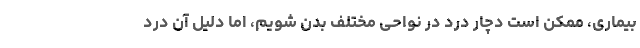
بیماری، ممکن است دچار درد در نواحی مختلف بدن شویم، اما دلیل آن درد